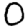
Digit: 0